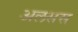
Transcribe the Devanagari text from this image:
अलसस